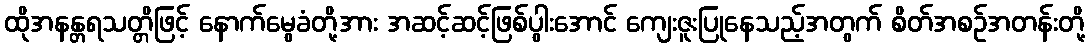
ထိုအနန္တရသတ္တိဖြင့် နောက်မွေခံတို့အား အဆင့်ဆင့်ဖြစ်ပွါးအောင် ကျေးဇူးပြုနေသည့်အတွက် စိတ်အစဉ်အတန်းတို့